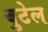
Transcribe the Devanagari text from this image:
बुटेल